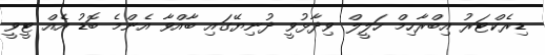
ޑިރެކްޓަރު އިބްރާހިމް ހަލީލް ވިދާޅުވީ ދުނިޔޭގައި ބާއްވާ އެންމެ ބޮޑު އެއް ޓީވީ